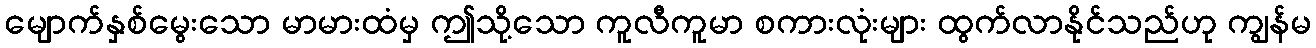
မျောက်နှစ်မွေးသော မာမားထံမှ ဤသို့သော ကူလီကူမာ စကားလုံးများ ထွက်လာနိုင်သည်ဟု ကျွန်မ